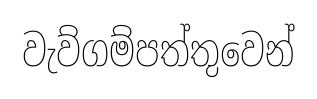
වැව්ගම්පත්තුවෙන්